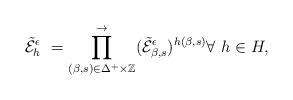
LaTeX: \begin{align*} \tilde{\mathcal{E}}^{\epsilon}_{h} \ = \prod_{(\beta,s)\in\Delta^{+}\times\mathbb{Z}}\limits^{\rightarrow} (\tilde{\mathcal{E}}^{\epsilon}_{\beta,s})^{h(\beta,s)}\forall\ h\in H,\end{align*}